Indian journal of veterinary science and animal husbandry - Volume 14,
Year: 1944
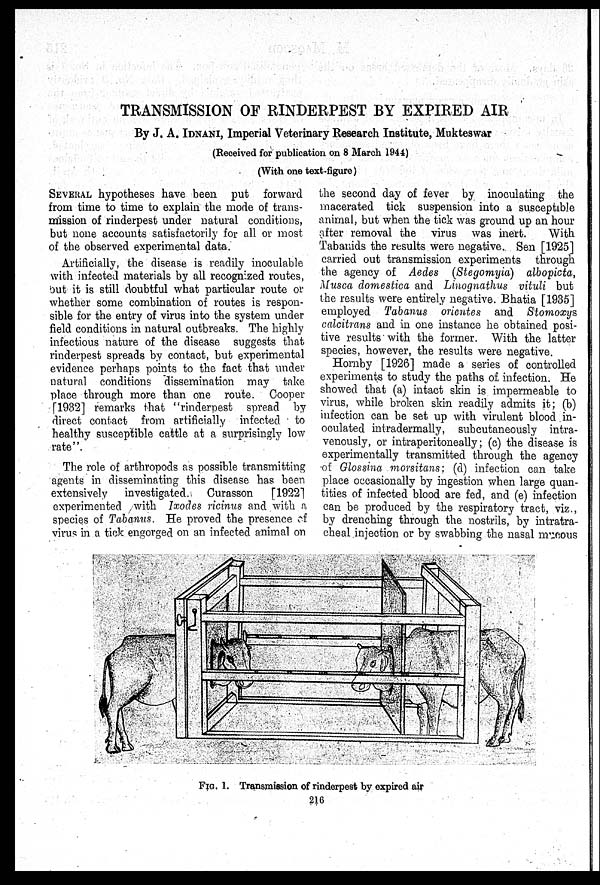
TRANSMISSION OF RINDERPEST BY EXPIRED AIR
By J. A. IDNANI, Imperial Veterinary Research Institute, Mukteswar
(Received for publication on 8 March 1944)
(With one text-figure)
SEVERAL hypotheses have been put forward
from time to time to explain the mode of trans-
mission of rinderpest under natural conditions,
but none accounts satisfactorily for all or most
of the observed experimental data.
Artificially, the disease is readily inoculable
with infected materials by all recognized routes,
but it is still doubtful what particular route or
whether some combination of routes is respon-
sible for the entry of virus into the system under
field conditions in natural outbreaks. The highly
infectious nature of the disease suggests that
rinderpest spreads by contact, but experimental
evidence perhaps points to the fact that under
natural conditions dissemination may take
place through more than one route. Cooper
[1932] remarks that "rinderpest spread by
direct contact from artificially infected to
healthy susceptible cattle at a surprisingly low
rate".
The role of arthropods as possible transmitting
agents in disseminating this disease has been
extensively
investigated.
Curasson
[1922]
experimented with Ixodes ricinus and with a
species of Tabanus. He proved the presence of
virus in a tick engorged on an infected animal on
the second day of fever by inoculating the
macerated tick suspension into a susceptible
animal, but when the tick was ground up an hour
after removal the virus was inert.
With
Tabanids the results were negative. Sen [1925]
carried out transmission experiments through
the agency of Aedes (Stegomyia) albopicta,
Musca domestica and Linognathus vituli but
the results were entirely negative. Bhatia [1935]
employed Tabanus orientes and
Stomoxys
calcitrans and in one instance he obtained posi-
tive results with the former. With the latter
species, however, the results were negative.
Hornby [1926] made a series of controlled
experiments to study the paths of infection. He
showed that (a) intact skin is impermeable to
virus, while broken skin readily admits it; (b)
infection can be set up with virulent blood in-
oculated intradermally, subcutaneously intra-
venously, or intraperitoneally; (c) the disease is
experimentally transmitted through the agency
of Glossina morsitans; (d) infection can take
place occasionally by ingestion when large quan-
tities of infected blood are fed, and (e) infection
can be produced by the respiratory tract, viz.,
by drenching through the nostrils, by intratra-
cheal injection or by swabbing the nasal mucous
FIG. 1. Transmission of rinderpest by expired air
216